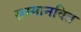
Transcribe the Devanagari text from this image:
सम्मानवित